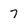
Character: 7